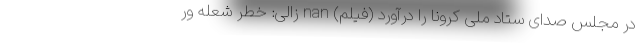
در مجلس صدای ستاد ملی کرونا را درآورد (فیلم) nan زالی: خطر شعله ور